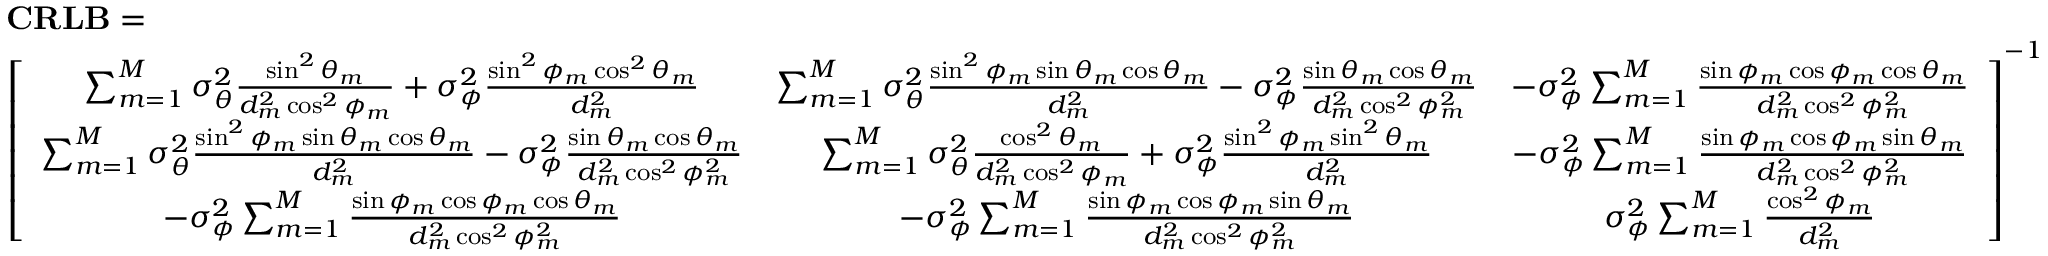
\begin{array} { r l } & { \mathbf { C R L B } = } \\ & { \left[ \begin{array} { c c c } { \sum _ { m = 1 } ^ { M } { \sigma _ { \theta } ^ { 2 } \frac { \sin ^ { 2 } \theta _ { m } } { d _ { m } ^ { 2 } \cos ^ { 2 } \phi _ { m } } } + \sigma _ { \phi } ^ { 2 } \frac { \sin ^ { 2 } \phi _ { m } \cos ^ { 2 } \theta _ { m } } { d _ { m } ^ { 2 } } } & { \sum _ { m = 1 } ^ { M } { \sigma _ { \theta } ^ { 2 } \frac { \sin ^ { 2 } \phi _ { m } \sin \theta _ { m } \cos \theta _ { m } } { d _ { m } ^ { 2 } } - \sigma _ { \phi } ^ { 2 } \frac { \sin \theta _ { m } \cos \theta _ { m } } { d _ { m } ^ { 2 } \cos ^ { 2 } \phi _ { m } ^ { 2 } } } } & { - \sigma _ { \phi } ^ { 2 } \sum _ { m = 1 } ^ { M } { \frac { \sin \phi _ { m } \cos \phi _ { m } \cos \theta _ { m } } { d _ { m } ^ { 2 } \cos ^ { 2 } \phi _ { m } ^ { 2 } } } } \\ { \sum _ { m = 1 } ^ { M } { \sigma _ { \theta } ^ { 2 } \frac { \sin ^ { 2 } \phi _ { m } \sin \theta _ { m } \cos \theta _ { m } } { d _ { m } ^ { 2 } } - \sigma _ { \phi } ^ { 2 } \frac { \sin \theta _ { m } \cos \theta _ { m } } { d _ { m } ^ { 2 } \cos ^ { 2 } \phi _ { m } ^ { 2 } } } } & { \sum _ { m = 1 } ^ { M } { \sigma _ { \theta } ^ { 2 } \frac { \cos ^ { 2 } \theta _ { m } } { d _ { m } ^ { 2 } \cos ^ { 2 } \phi _ { m } } + \sigma _ { \phi } ^ { 2 } \frac { \sin ^ { 2 } \phi _ { m } \sin ^ { 2 } \theta _ { m } } { d _ { m } ^ { 2 } } } } & { - \sigma _ { \phi } ^ { 2 } \sum _ { m = 1 } ^ { M } { \frac { \sin \phi _ { m } \cos \phi _ { m } \sin \theta _ { m } } { d _ { m } ^ { 2 } \cos ^ { 2 } \phi _ { m } ^ { 2 } } } } \\ { - \sigma _ { \phi } ^ { 2 } \sum _ { m = 1 } ^ { M } { \frac { \sin \phi _ { m } \cos \phi _ { m } \cos \theta _ { m } } { d _ { m } ^ { 2 } \cos ^ { 2 } \phi _ { m } ^ { 2 } } } } & { - \sigma _ { \phi } ^ { 2 } \sum _ { m = 1 } ^ { M } { \frac { \sin \phi _ { m } \cos \phi _ { m } \sin \theta _ { m } } { d _ { m } ^ { 2 } \cos ^ { 2 } \phi _ { m } ^ { 2 } } } } & { \sigma _ { \phi } ^ { 2 } \sum _ { m = 1 } ^ { M } { \frac { \cos ^ { 2 } \phi _ { m } } { d _ { m } ^ { 2 } } } } \end{array} \right] ^ { - 1 } } \end{array}